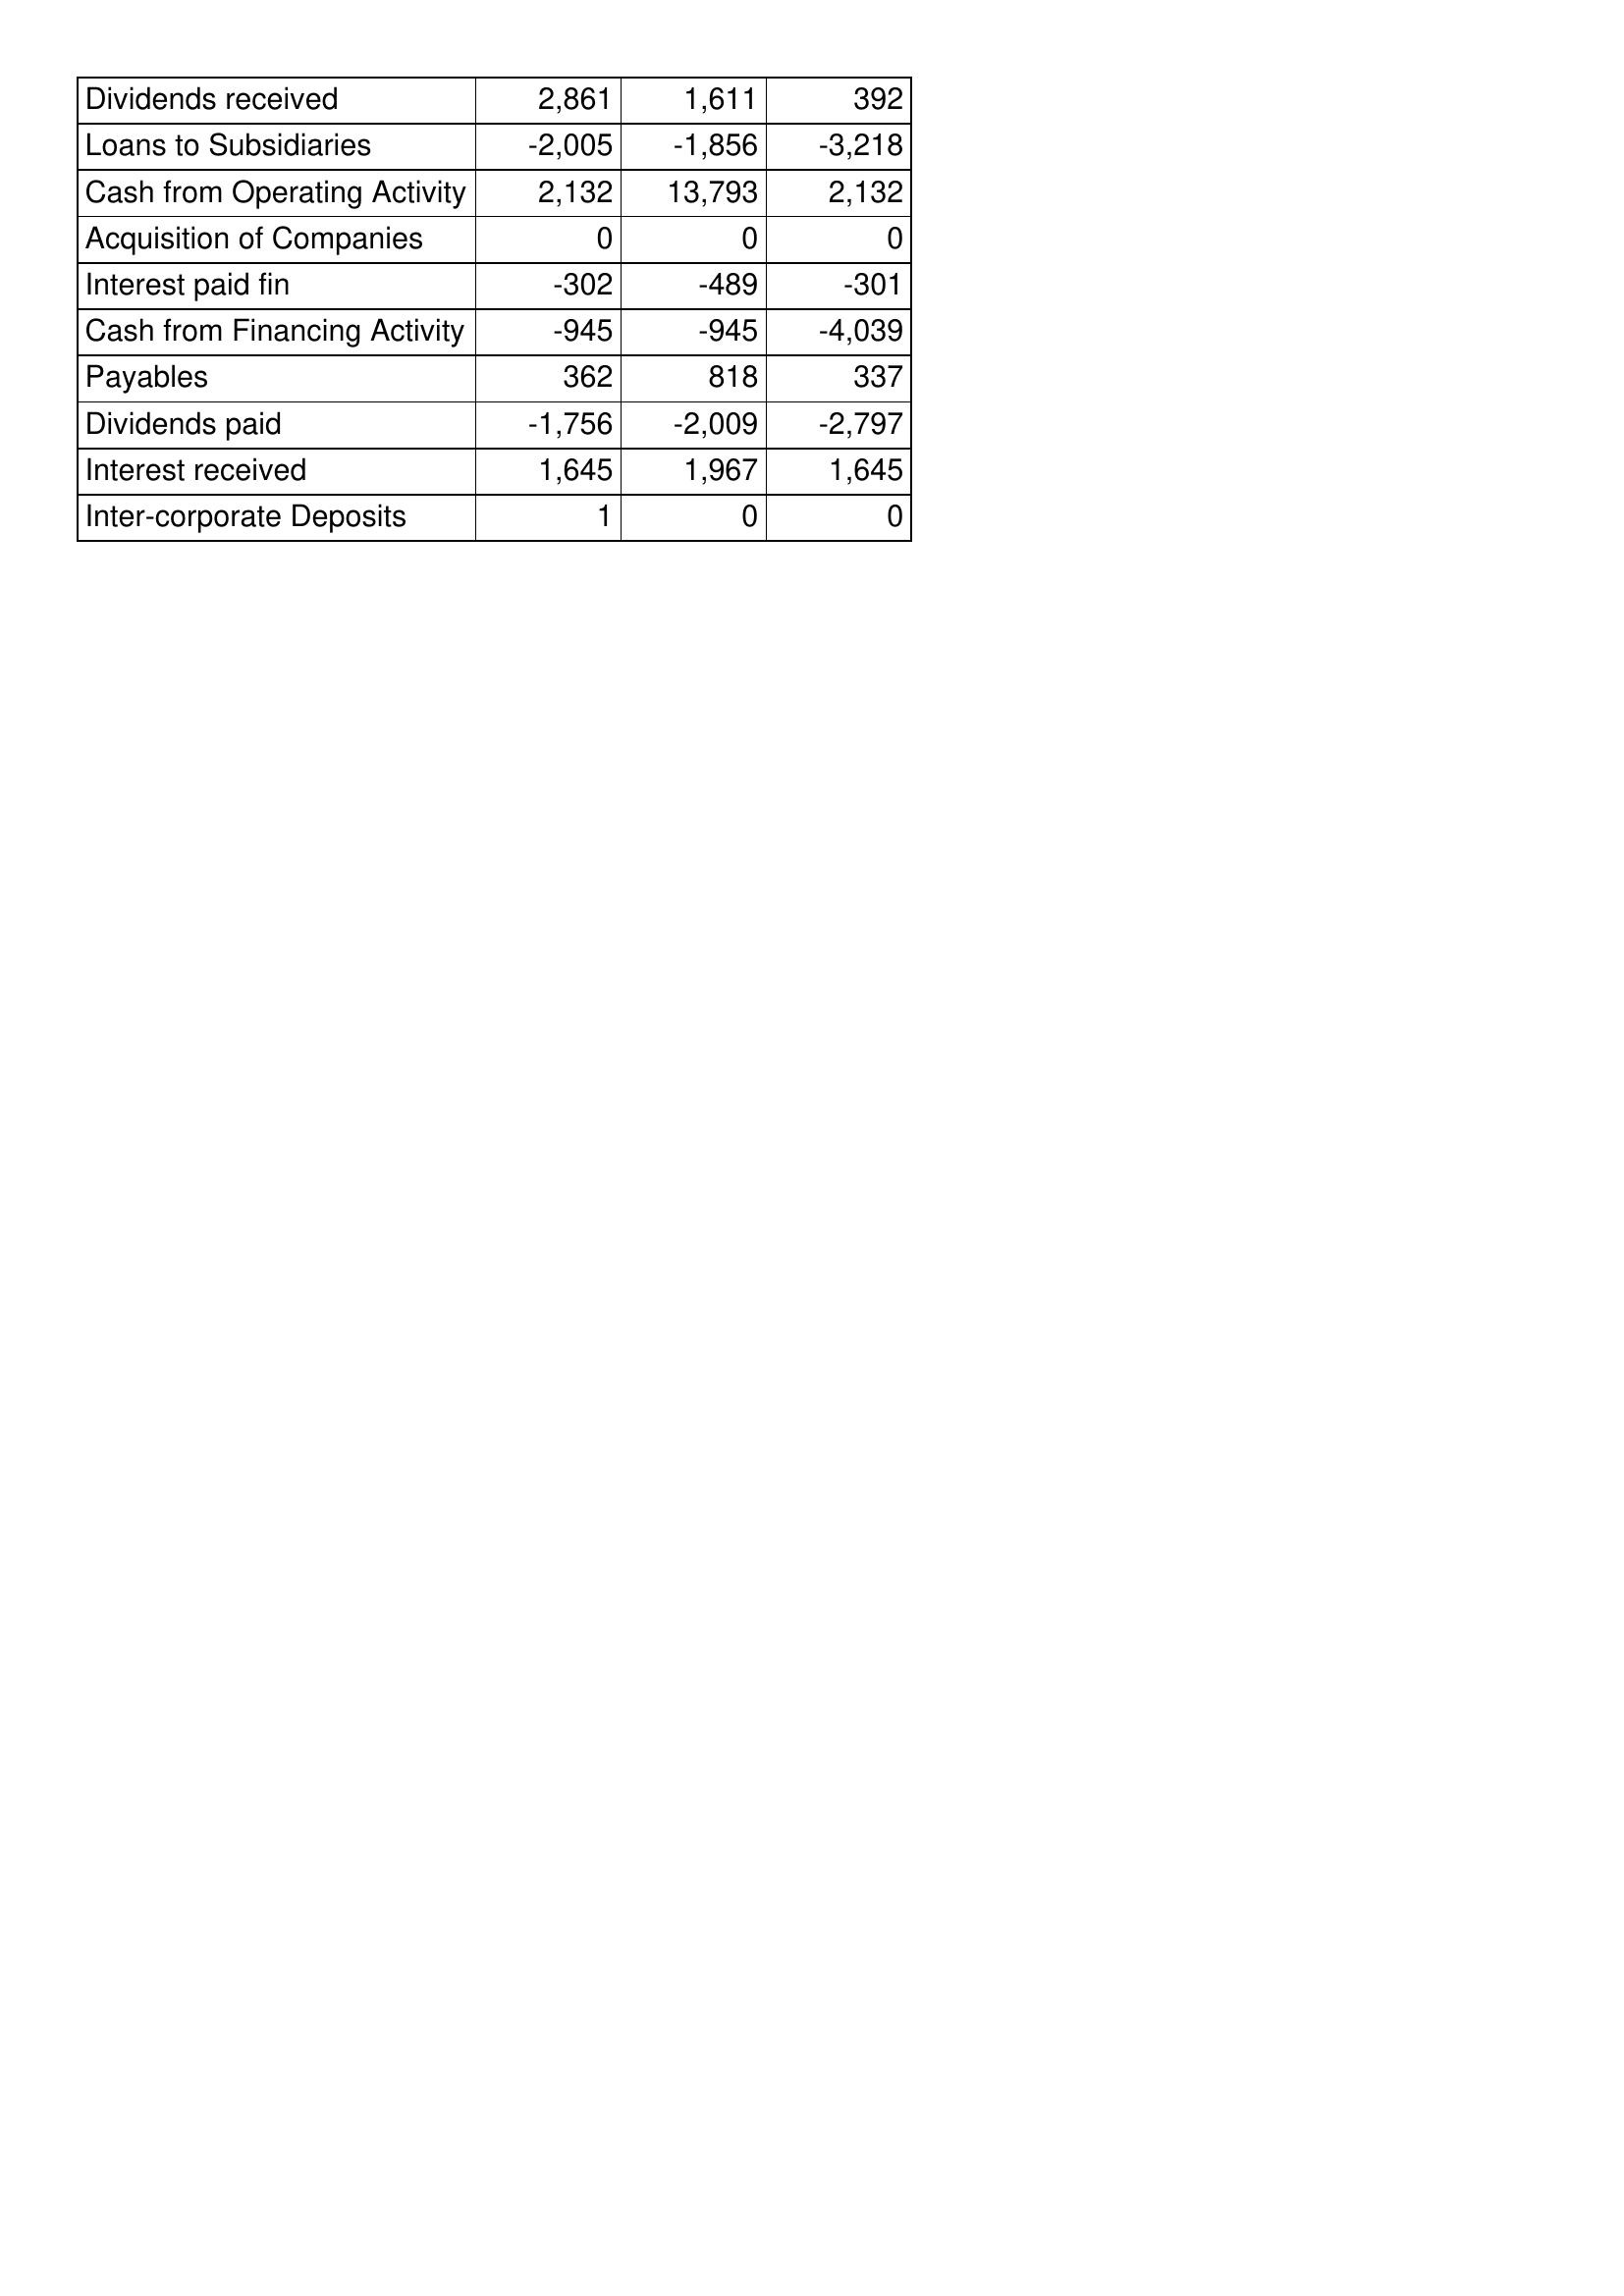
Feb-15: Cash Flows: Dividends received: 2,861
Loans to Subsidiaries: -2,005
Cash from Operating Activity: 2,132
Acquisition of Companies: 0
Interest paid fin: -302
Cash from Financing Activity: -945
Payables: 362
Dividends paid: -1,756
Interest received: 1,645
Inter-corporate Deposits: 1
Feb-16: Cash Flows: Dividends received: 1,611
Loans to Subsidiaries: -1,856
Cash from Operating Activity: 13,793
Acquisition of Companies: 0
Interest paid fin: -489
Cash from Financing Activity: -945
Payables: 818
Dividends paid: -2,009
Interest received: 1,967
Inter-corporate Deposits: 0
Feb-17: Cash Flows: Dividends received: 392
Loans to Subsidiaries: -3,218
Cash from Operating Activity: 2,132
Acquisition of Companies: 0
Interest paid fin: -301
Cash from Financing Activity: -4,039
Payables: 337
Dividends paid: -2,797
Interest received: 1,645
Inter-corporate Deposits: 0